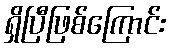
ရှိပြီဖြစ်ကြောင်း